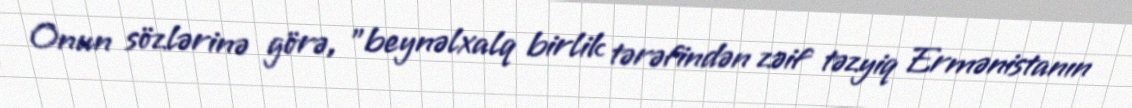
Onun sözlərinə görə, "beynəlxalq birlik tərəfindən zəif təzyiq Ermənistanın